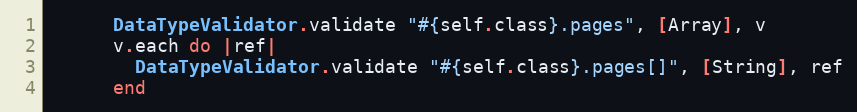
Language: Ruby
      DataTypeValidator.validate "#{self.class}.pages", [Array], v
      v.each do |ref|
        DataTypeValidator.validate "#{self.class}.pages[]", [String], ref
      end